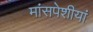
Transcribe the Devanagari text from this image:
मांसपेशीयां